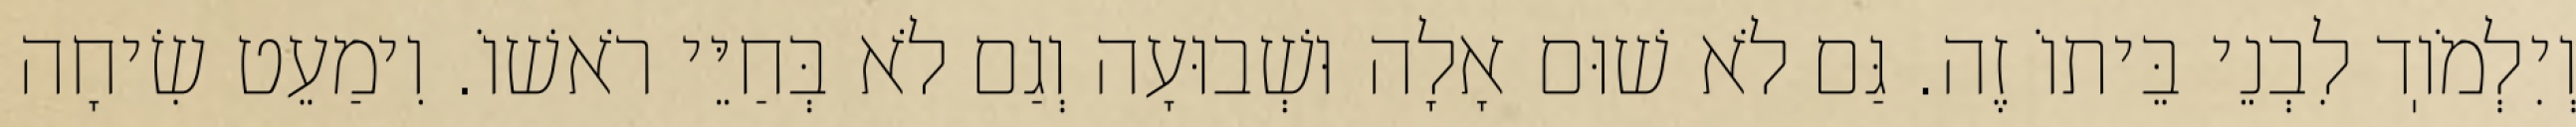
וְיִלְמֹוֽד לִבְנֵי בֵּיתוֹ זֶה. גַּם לֹא שׁוּם אָלָה וּשְׁבוּעָה וְגַם לֹא בְּחַיֵּי רֹאשׁוֹ. וִימַעֵט שִׂיחָה